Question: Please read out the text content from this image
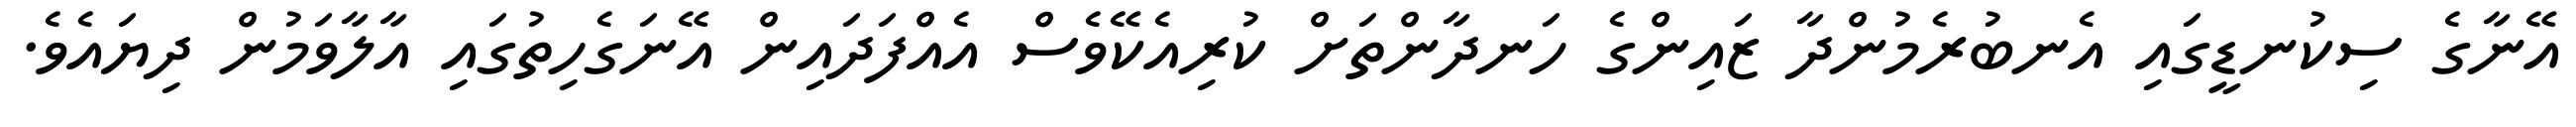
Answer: އޭނާގެ ސިކުނޑީގައި އެނބުރެމުންދާ ޒައިންގެ ހަނދާންތަށް ކުރިއެކޭވެސް އެއްފަދައިން އޭނަގެހިތުގައި އާލާވަމުން ދިޔައެވެ.